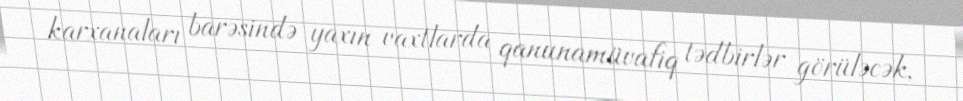
karxanaları barəsində yaxın vaxtlarda qanunamüvafiq tədbirlər görüləcək,